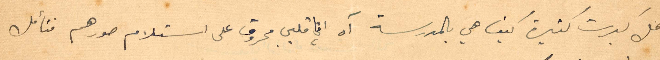
هل كبرت كثيرة كيف هي بالمدرسة آن انا قلبي محروق على استلام صورهم فتأمل